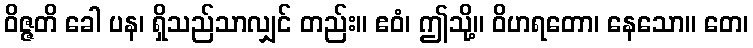
ဝိဇ္ဇတိ ခေါ ပန၊ ရှိသည်သာလျှင် တည်း။ ဧဝံ၊ ဤသို့။ ဝိဟရတော၊ နေသော။ တေ၊